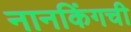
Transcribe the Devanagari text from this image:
नानकिंगची